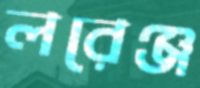
লরেঞ্জ